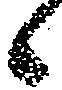
候